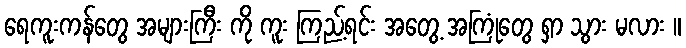
ရေကူးကန်တွေ အများကြီး ကို ကူး ကြည့်ရင်း အတွေ့ အကြုံတွေ ရှာ သွား မလား ။